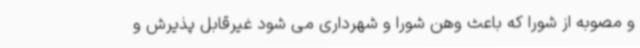
و مصوبه از شورا که باعث وهن شورا و شهرداری می شود غیرقابل پذیرش و